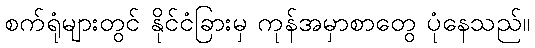
စက်ရုံများတွင် နိုင်ငံခြားမှ ကုန်အမှာစာတွေ ပုံနေသည်။